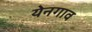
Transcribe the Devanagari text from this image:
येनगाव